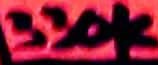
Text: 330K